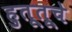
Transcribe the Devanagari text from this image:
हुतूतूचे